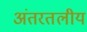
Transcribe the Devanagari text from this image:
अंतरतलीय